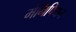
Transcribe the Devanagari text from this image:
मेनिपियन